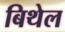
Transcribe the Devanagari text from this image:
बिथेल